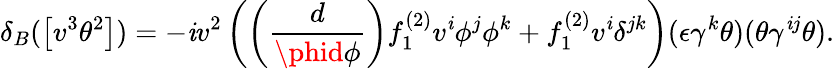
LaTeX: \delta_{B}(\left[v^{3}\theta^{2}\right])=-\mathit{i}v^{2}\left(\left(\frac{{d}}{{\phid\phi}}\right)f_{1}^{(2)}v^{\mathit{i}}\phi^{j}\phi^{k}+f_{1}^{(2)}v^{\mathit{i}}\delta^{jk}\right)(\epsilon\gamma^{k}\theta)(\theta\gamma^{\mathit{i}j}\theta).